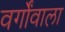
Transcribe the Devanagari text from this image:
वर्गोंवाला